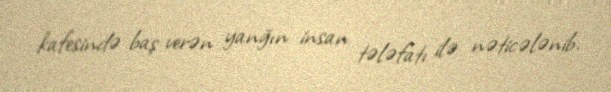
kafesində baş verən yanğın insan tələfatı ilə nəticələnib.